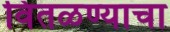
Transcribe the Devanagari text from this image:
वितळण्याचा